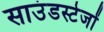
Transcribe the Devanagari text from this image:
साउंडस्टेजों